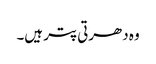
وہ دھرتی پتر ہیں۔